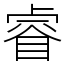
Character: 睿